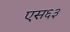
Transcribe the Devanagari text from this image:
एस६३